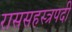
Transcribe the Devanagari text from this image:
राससहस्त्रपदी